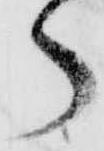
ら